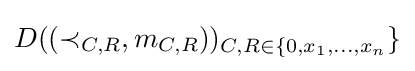
D((\prec _{C,R},m_{C,R}))_{C,R\in \{0,x_{1},\dots ,x_{n}}\}